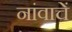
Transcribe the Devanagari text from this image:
नांवाचें